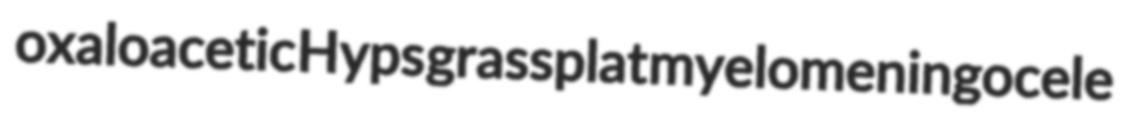
oxaloacetic Hyps grassplat myelomeningocele